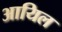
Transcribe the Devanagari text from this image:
आयिल